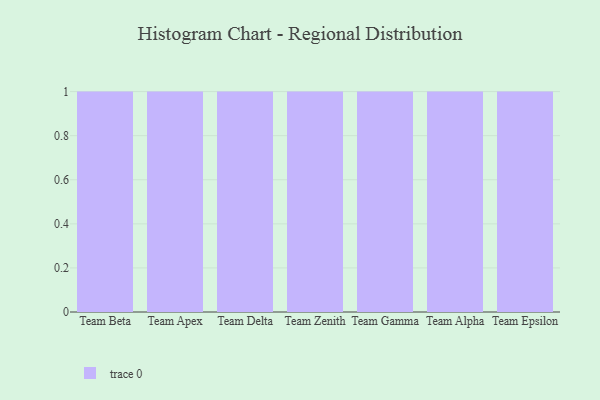
{"axis": {"x": "Team", "y": "Demand Index"}, "legend": [""], "data": [{"x": "Team Beta", "y": 79, "type": ""}, {"x": "Team Apex", "y": 80, "type": ""}, {"x": "Team Delta", "y": 32, "type": ""}, {"x": "Team Zenith", "y": 84, "type": ""}, {"x": "Team Gamma", "y": 28, "type": ""}, {"x": "Team Alpha", "y": 34, "type": ""}, {"x": "Team Epsilon", "y": 43, "type": ""}]}